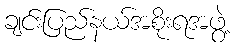
ချင်းပြည်နယ်အစိုးရအဖွဲ့